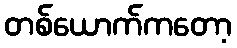
တစ်ယောက်ကတော့